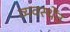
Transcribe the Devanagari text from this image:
व्यवस्थेंत